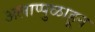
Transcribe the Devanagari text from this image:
अलाप्पुळाहून